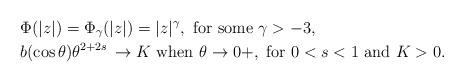
LaTeX: \begin{align*}&\Phi(|z|)=\Phi_\gamma(|z|)= |z|^{\gamma},\mbox{ for some $\gamma>-3$}, \\& b(\cos \theta)\theta^{2+2s}\,\rightarrow K\mbox{ when } \theta\rightarrow 0+,\mbox{ for } 0<s<1 \mbox{ and }K>0.\end{align*}